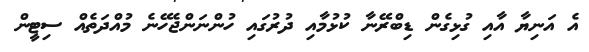
އެ އަނިޔާ އާއި ގުޅިގެން ޑިބްރޭނާ ކުޅުމާއި ދުރުގައި ހުންނަންޖެހޭނެ މުއްދަތެއް ސިޓީން